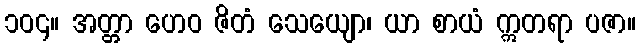
၁၀၄။ အတ္တာ ဟေဝ ဇိတံ သေယျော၊ ယာ စာယံ ဣတရာ ပဇာ။